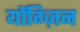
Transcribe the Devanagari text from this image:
योंग्ज़िन